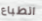
انطباع